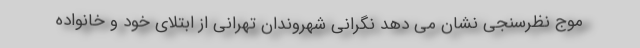
موج نظرسنجی نشان می دهد نگرانی شهروندان تهرانی از ابتلای خود و خانواده